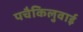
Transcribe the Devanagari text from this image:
पचैकिलुवाई